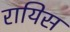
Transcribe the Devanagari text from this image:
रायिस